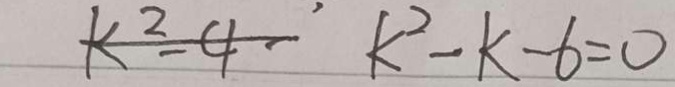
k ^ { 2 } - 4 - 6 = 0